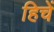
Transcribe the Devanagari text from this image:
हिचें